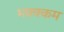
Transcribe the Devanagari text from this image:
भक्‍क्‍कम